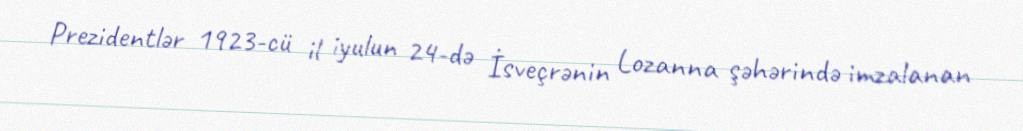
Prezidentlər 1923-cü il iyulun 24-də İsveçrənin Lozanna şəhərində imzalanan